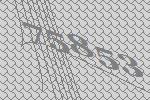
75853